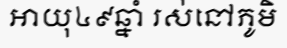
អាយុ៤៩ឆ្នាំ រស់នៅភូមិ